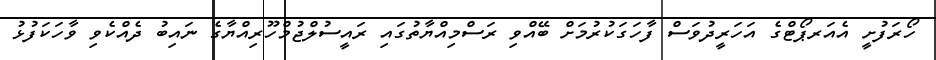
ހޯރަފުށީ އެއަރޕޯޓްގެ އަހަރީދުވަސް ފާހަގަކުރުމަށް ބޭއްވި ރަސްމިއްޔާތުގައި ރައީސުލްޖުމްހޫރިއްޔާގެ ނައިބު ދެއްކެވި ވާހަކަފުޅު